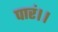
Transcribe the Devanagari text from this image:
पारं।।